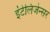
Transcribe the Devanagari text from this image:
इंटेलिजेन्सर